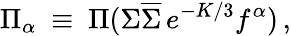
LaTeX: \Pi_{\alpha}~\equiv~\Pi(\Sigma\overline{{{\Sigma}}}\, e^{-K/3}f^{\alpha})\, ,